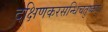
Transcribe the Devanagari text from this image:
दक्षिणकरसन्धिचतुष्केषु।